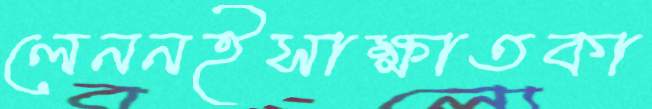
লেননইসাক্ষাতকা